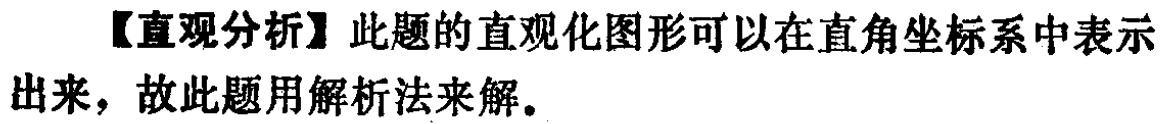
【直观分析】此题的直观化图形可以在直角坐标系中表示出来，故此题用解析法来解。